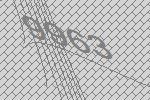
9963